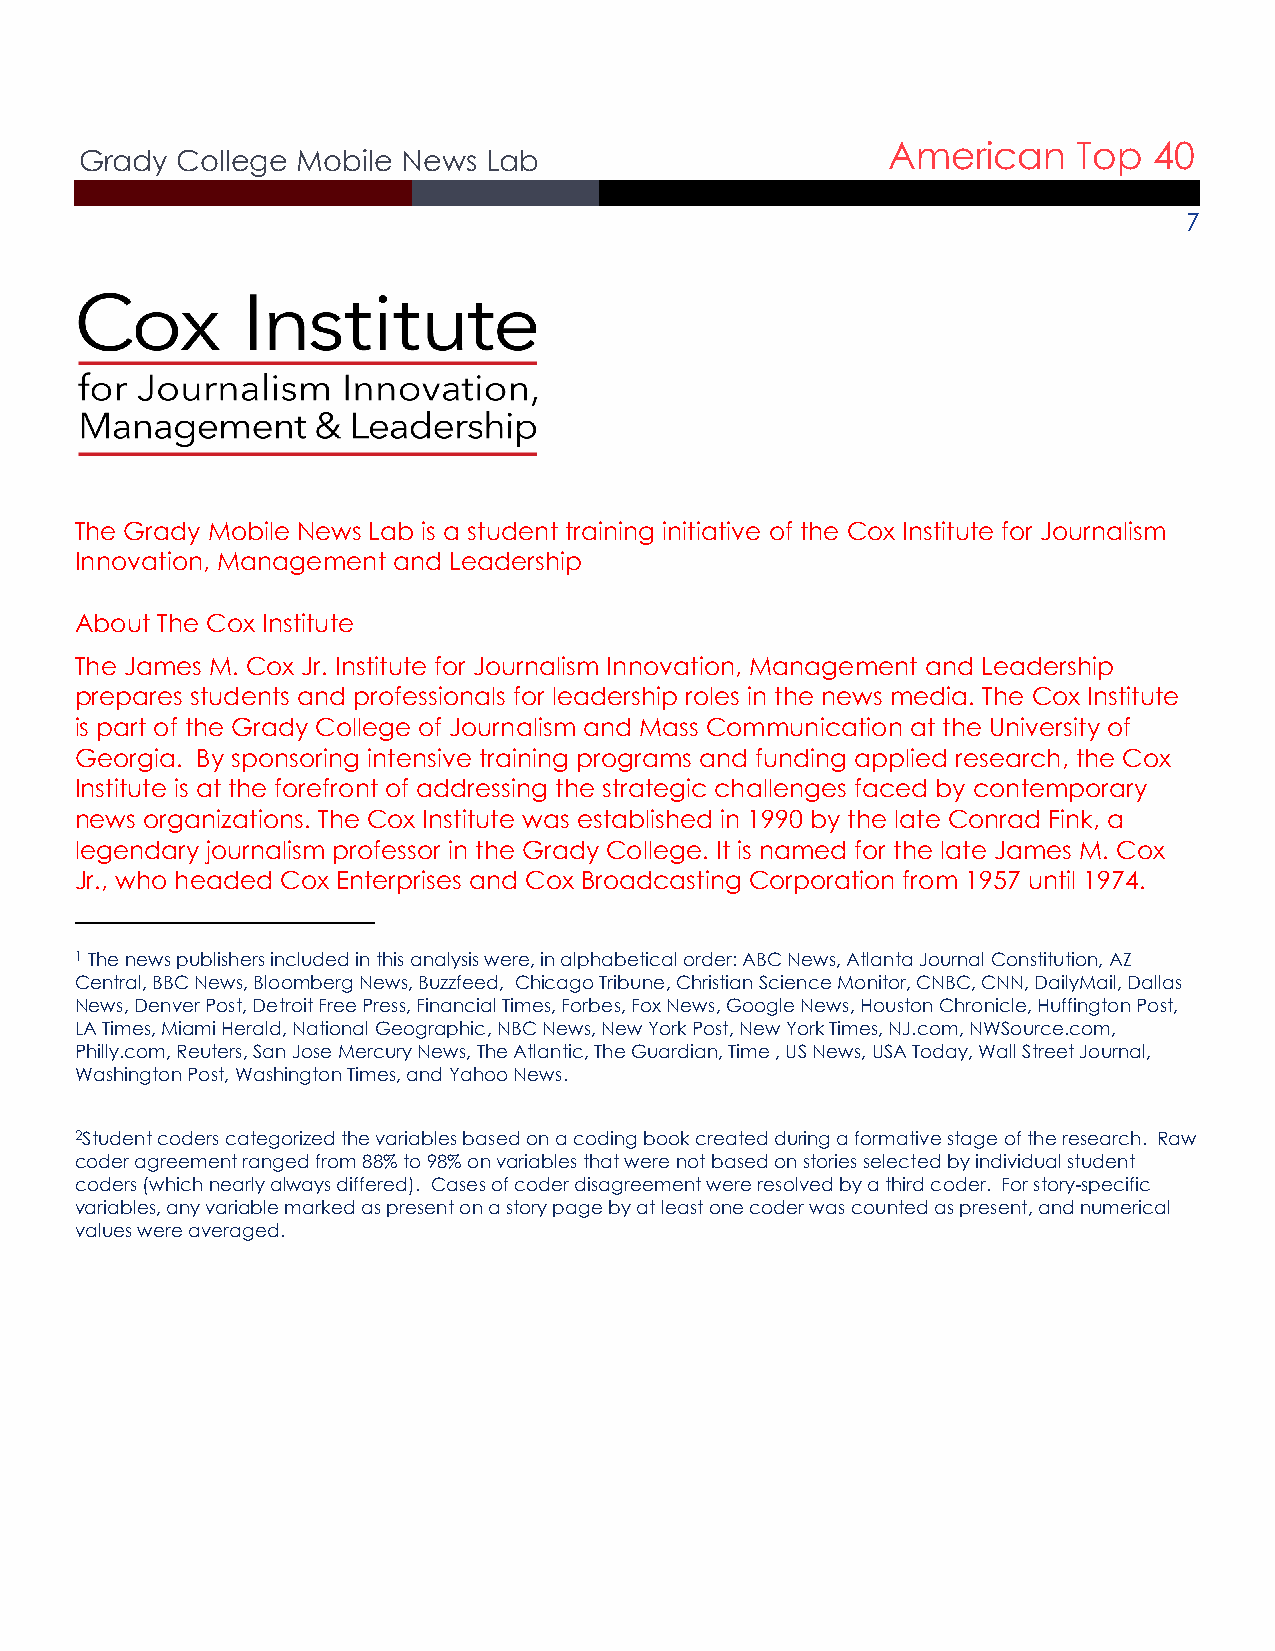
American    Top  40
 Grady  College Mobile News Lab
 7
 The Grady Mobile News Lab is a student training initiative of the Cox Institute for Journalism
 Innovation, Management and Leadership
 About The Cox Institute
 The James M. Cox Jr. Institute for Journalism Innovation, Management and Leadership
 prepares students and professionals for leadership roles in the news media. The Cox Institute
 is part of the Grady College of Journalism and Mass Communication at the University of
 Georgia. By sponsoring intensive training programs and funding applied research, the Cox
 Institute is at the forefront of addressing the strategic challenges faced by contemporary
 news organizations. The Cox Institute was established in 1990 by the late Conrad Fink, a
 legendary journalism professor in the Grady College. It is named for the late James M. Cox
 Jr., who headed Cox Enterprises and Cox Broadcasting Corporation from 1957 until 1974.
 1 The news publishers included in this analysis were, in alphabetical order: ABC News, Atlanta Journal Constitution, AZ
 Central, BBC News, Bloomberg News, Buzzfeed, Chicago Tribune, Christian Science Monitor, CNBC, CNN, DailyMail, Dallas
 News, Denver Post, Detroit Free Press, Financial Times, Forbes, Fox News, Google News, Houston Chronicle, Huffington Post,
 LA Times, Miami Herald, National Geographic, NBC News, New York Post, New York Times, NJ.com, NWSource.com,
 Philly.com, Reuters, San Jose Mercury News, The Atlantic, The Guardian, Time , US News, USA Today, Wall Street Journal,
 Washington Post, Washington Times, and Yahoo News.
 2Student coders categorized the variables based on a coding book created during a formative stage of the research. Raw
 coder agreement ranged from 88% to 98% on variables that were not based on stories selected by individual student
 coders (which nearly always differed). Cases of coder disagreement were resolved by a third coder. For story-specific
 variables, any variable marked as present on a story page by at least one coder was counted as present, and numerical
 values were averaged.